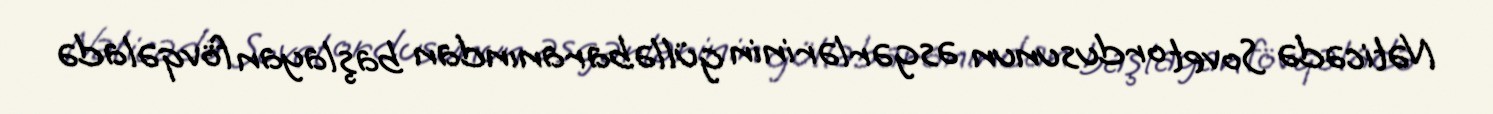
Nəticədə Sovet ordusunun əsgərlərinin gülləbaranından başlayan fövqəladə